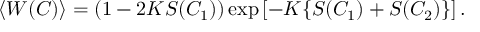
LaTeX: \langle W ( C ) \rangle = ( 1 - 2 K S ( C _ { 1 } ) ) \exp \left[ - K \{ S ( C _ { 1 } ) + S ( C _ { 2 } ) \} \right] .